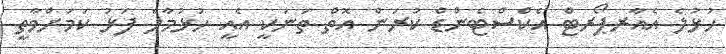
ހުޅުލެ އެއާރޕޯރޓް އެކްސްޓެންޑް ކުރަން އޮތް ތަނަކީ އެއީ ހުޅުމާލެ ފަޅު ކަމަށްވާތީ